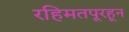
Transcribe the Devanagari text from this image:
रहिमतपूरहून